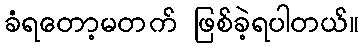
ခံရတော့မတက် ဖြစ်ခဲ့ရပါတယ်။